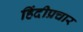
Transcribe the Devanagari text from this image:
हिंदीप्रचार